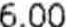
6.00